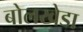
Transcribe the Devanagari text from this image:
बोलखेडा